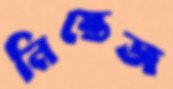
নিস্তেজ